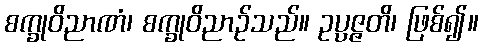
စက္ခုဝိညာဏံ၊ စက္ခုဝိညာဉ်သည်။ ဥပ္ပဇ္ဇတိ၊ ဖြစ်၍။